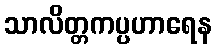
သာလိတ္တကပ္ပဟာရေန